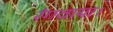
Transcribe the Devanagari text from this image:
रंगवाया।